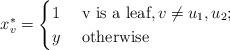
LaTeX: \begin{align*}x_{v}^{*}=\begin{cases} 1 & \mbox{ v is a leaf}, v\neq u_{1},u_{2}; \\ y & \mbox{ otherwise}\end{cases}\end{align*}